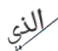
الذي